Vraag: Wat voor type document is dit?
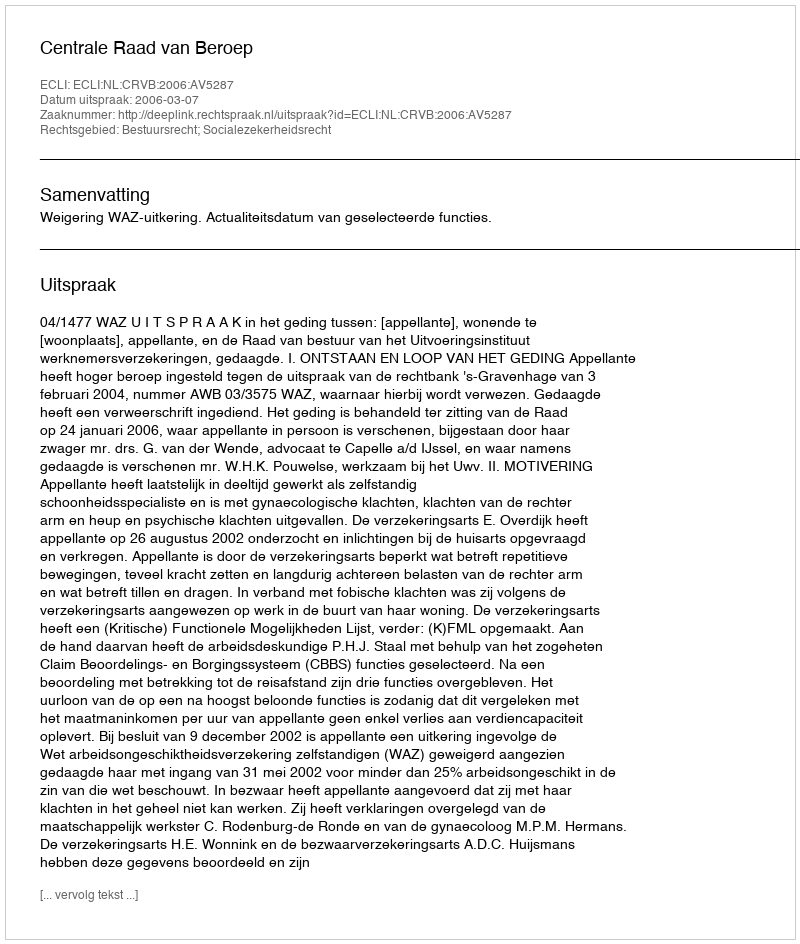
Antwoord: Uitspraak